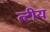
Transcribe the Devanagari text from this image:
त्टीय